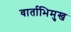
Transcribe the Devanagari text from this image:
वार्ताभिमुख